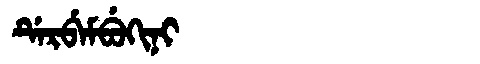
Manchu: ᡩᡝᡵᠪᡝᠮᠪᡠᡴᡳᠨᡳ
Romanization: DERBEMBUKINI